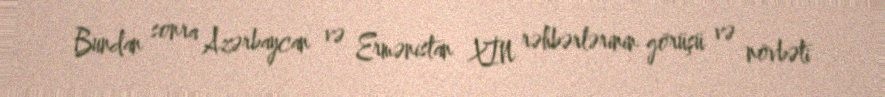
Bundan sonra Azərbaycan və Ermənistan XİN rəhbərlərinin görüşü və növbəti